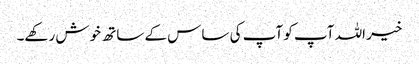
خیر اللہ آپ کو آپ کی ساس کے ساتھ خوش رکھے۔